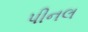
પીનલ